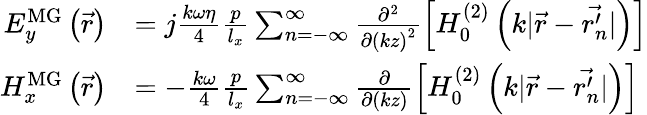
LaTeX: \begin{array}{rl}{E_{y}^{\mathrm{MG}}\left(\vec{r}\right)}&{=j\frac{k\omega\eta}{4}\frac{p}{l_{x}}\sum_{n=-\infty}^{\infty}\frac{\partial^{2}}{\partial\left(kz\right)^{2}}\left[H_{0}^{(2)}\left(k|\vec{r}-\vec{r_{n}^{\prime}}|\right)\right]}\\ {H_{x}^{\mathrm{MG}}\left(\vec{r}\right)}&{=-\frac{k\omega}{4}\frac{p}{l_{x}}\sum_{n=-\infty}^{\infty}\frac{\partial}{\partial\left(kz\right)}\left[H_{0}^{(2)}\left(k|\vec{r}-\vec{r_{n}^{\prime}}|\right)\right]}\end{array}